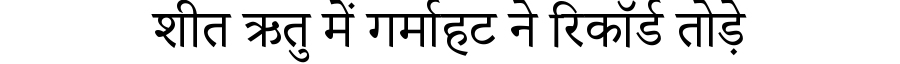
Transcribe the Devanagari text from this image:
शीत ऋतु में गर्माहट ने रिकॉर्ड तोड़े